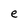
Character: e